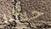
حسنا